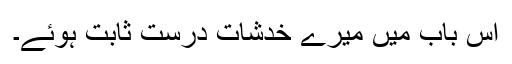
اس باب میں میرے خدشات درست ثابت ہوئے۔